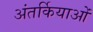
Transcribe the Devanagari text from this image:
अंतर्कियाओं